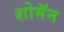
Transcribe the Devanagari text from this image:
शोमॅन